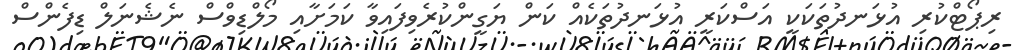
ރިޕޯޓްކުރި އުޅަނދުތަކަކީ އަސްކަރީ އުޅަނދުތަކެއް ކަން ޔަގީންކުރެވިފައިވާ ކަމަށާއި މޯލްޑިވްސް ނެޝެނަލް ޑިފެންސް